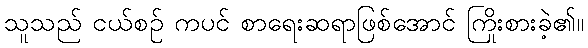
သူသည် ငယ်စဉ် ကပင် စာရေးဆရာဖြစ်အောင် ကြိုးစားခဲ့၏။